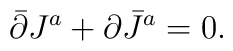
\bar\partial J^a + \partial \bar J^a = 0.